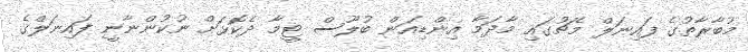
މުބާރާތުގެ ފައިނަލް މެޗުގައި މާދަމާ އިންޑިއަން ބުލޫސް ޓީމާ ދެކޮޅަށް ނުކުންނާނީ ފައިނަލްގެ